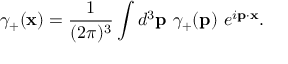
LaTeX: \gamma _ { + } ( { \bf x } ) = \frac { 1 } { ( 2 \pi ) ^ { 3 } } \int d ^ { 3 } { \bf p } ~ \gamma _ { + } ( { \bf p } ) ~ e ^ { i { \bf p } \cdot { \bf x } } .